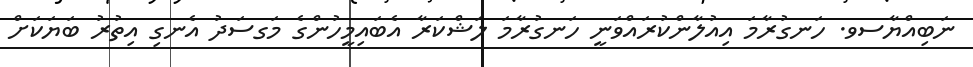
ނަބިއްޔާސވ. ހަނގުރާމަ އިއުލާންކުރައްވަނީ ހަނގުރާމަ ލަޝްކަރާ އެބައިމީހުންގެ މަގސަދު އެނގި އިތުރު ބަޔަކަށް